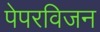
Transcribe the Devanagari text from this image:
पेपरविजन